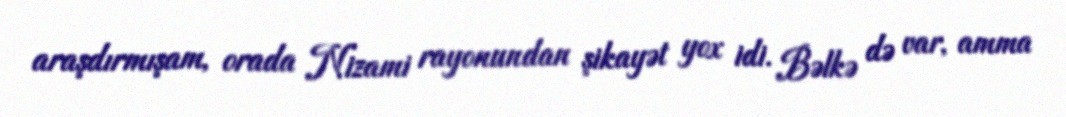
araşdırmışam, orada Nizami rayonundan şikayət yox idi. Bəlkə də var, amma